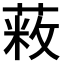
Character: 𦷥